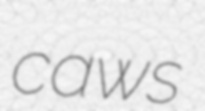
caws